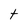
Character: t